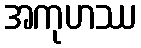
အကုဟဿ